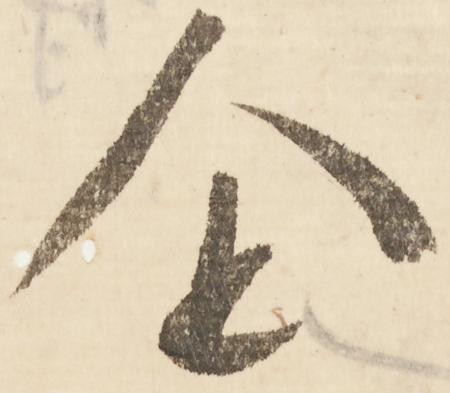
企